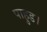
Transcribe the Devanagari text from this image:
पाहुड।